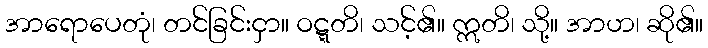
အာရောပေတုံ၊ တင်ခြင်းငှာ။ ဝဋ္ဋတိ၊ သင့်၏။ ဣတိ၊ သို့။ အာဟ၊ ဆို၏။